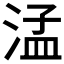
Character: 𬈂